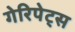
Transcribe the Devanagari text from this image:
गेरिपेट्स